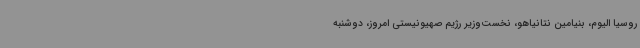
روسیا الیوم، بنیامین نتانیاهو، نخست‌وزیر رژیم صهیونیستی امروز، دوشنبه